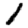
Digit: 1